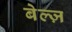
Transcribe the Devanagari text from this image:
बेल्ज़